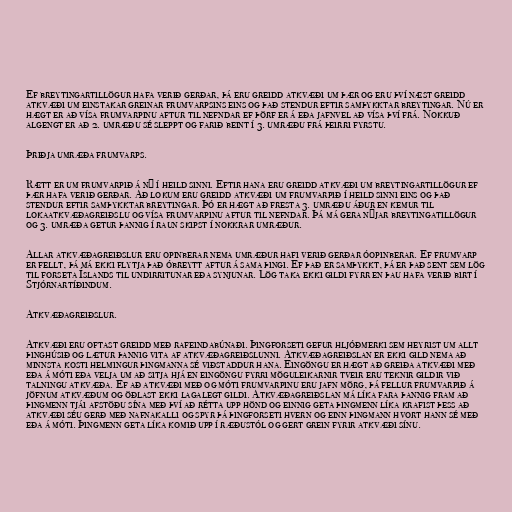
Ef breytingartillögur hafa verið gerðar, þá eru greidd atkvæði um þær og eru því næst greidd
atkvæði um einstakar greinar frumvarpsins eins og það stendur eftir samþykktar breytingar. Nú er
hægt er að vísa frumvarpinu aftur til nefndar ef þörf er á eða jafnvel að vísa því frá. Nokkuð
algengt er að 2. umræðu sé sleppt og farið beint í 3. umræðu frá þeirri fyrstu.

Þriðja umræða frumvarps.

Rætt er um frumvarpið á ný í heild sinni. Eftir hana eru greidd atkvæði um breytingartillögur ef
þær hafa verið gerðar. Að lokum eru greidd atkvæði um frumvarpið í heild sinni eins og það
stendur eftir samþykktar breytingar. Þó er hægt að fresta 3. umræðu áður en kemur til
lokaatkvæðagreiðslu og vísa frumvarpinu aftur til nefndar. Þá má gera nýjar breytingatillögur
og 3. umræða getur þannig í raun skipst í nokkrar umræður.

Allar atkvæðagreiðslur eru opinberar nema umræður hafi verið gerðar óopinberar. Ef frumvarp
er fellt, þá má ekki flytja það óbreytt aftur á sama þingi. Ef það er samþykkt, þá er það sent sem lög
til forseta Íslands til undirritunar eða synjunar. Lög taka ekki gildi fyrr en þau hafa verið birt í
Stjórnartíðindum.

Atkvæðagreiðslur.

Atkvæði eru oftast greidd með rafeindabúnaði. Þingforseti gefur hljóðmerki sem heyrist um allt
þinghúsið og lætur þannig vita af atkvæðagreiðslunni. Atkvæðagreiðslan er ekki gild nema að
minnsta kosti helmingur þingmanna sé viðstaddur hana. Eingöngu er hægt að greiða atkvæði með
eða á móti eða velja um að sitja hjá en eingöngu fyrri möguleikarnir tveir eru teknir gildir við
talningu atkvæða. Ef að atkvæði með og móti frumvarpinu eru jafn mörg, þá fellur frumvarpið á
jöfnum atkvæðum og öðlast ekki lagalegt gildi. Atkvæðagreiðslan má líka fara þannig fram að
þingmenn tjái afstöðu sína með því að rétta upp hönd og einnig geta þingmenn líka krafist þess að
atkvæði séu gerð með nafnakalli og spyr þá þingforseti hvern og einn þingmann hvort hann sé með
eða á móti. Þingmenn geta líka komið upp í ræðustól og gert grein fyrir atkvæði sínu.